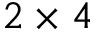
2 \times 4